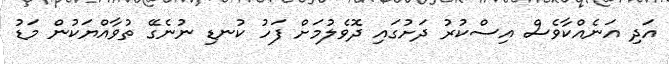
އަދި އަނެއްކާވެސް އިސްކުރު ދަށުގައި ދޮވެލުމަށް ފަހު ކުނޑި ނުނެގޭ ތުވާއްޔަކުން މަޑު